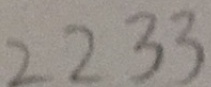
2 2 3 3